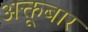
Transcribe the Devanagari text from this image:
अक्तूबार